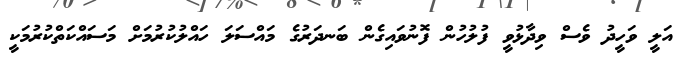
އަލީ ވަހީދު ވެސް ވިދާޅުވީ ފުލުހުން ފޮނުވައިގެން ބަނދަރުގެ މައްސަލަ ހައްލުކުރުމަށް މަސައްކަތްކުރުމަކީ